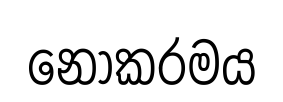
නොකරමය